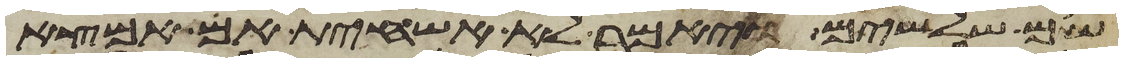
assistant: שם שלשים ויאמר לא אשחית אם אמצא